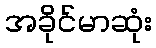
အခိုင်မာဆုံး